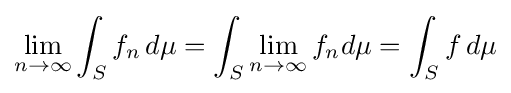
\lim _{n\to \infty }\int _{S}f_{n}\,d\mu =\int _{S}\lim _{n\to \infty }f_{n}d\mu =\int _{S}f\,d\mu